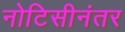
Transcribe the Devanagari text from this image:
नोटिसीनंतर